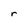
Character: r